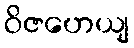
ဝိဇဟေယျ